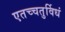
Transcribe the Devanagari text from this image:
एतच्चतुर्विधं